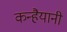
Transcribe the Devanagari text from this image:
कन्हैयानी